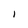
Character: I